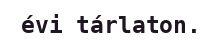
évi tárlaton.